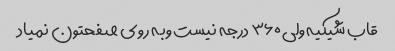
قاب شیکیه ولی ۳۶۰ درجه نیست وبه روی صفحتون نمیاد